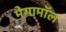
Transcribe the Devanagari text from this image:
मेगामॉल